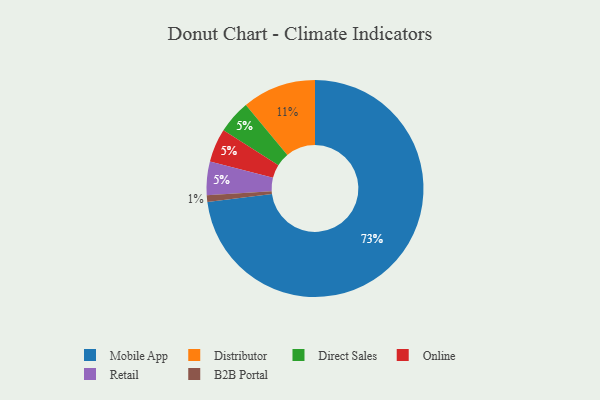
{"axis": {"x": "Category", "y": "Percentage"}, "legend": ["B2B Portal", "Direct Sales", "Distributor", "Mobile App", "Online", "Retail"], "data": [{"x": "Mobile App", "y": 73, "type": "Mobile App"}, {"x": "Direct Sales", "y": 5, "type": "Direct Sales"}, {"x": "B2B Portal", "y": 1, "type": "B2B Portal"}, {"x": "Online", "y": 5, "type": "Online"}, {"x": "Retail", "y": 5, "type": "Retail"}, {"x": "Distributor", "y": 11, "type": "Distributor"}]}